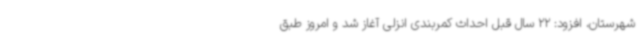
شهرستان، افزود: 22 سال قبل احداث کمربندی انزلی آغاز شد و امروز طبق